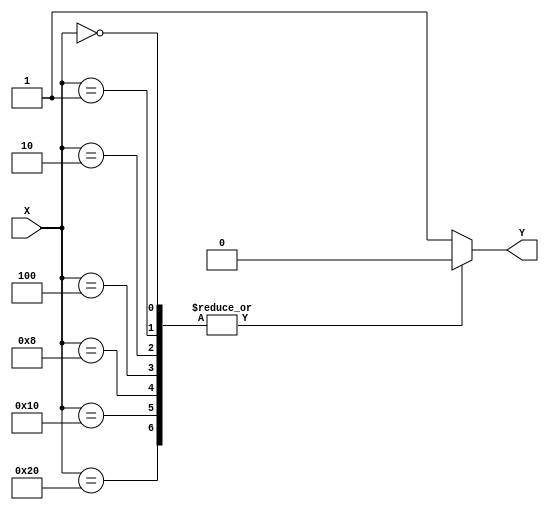
module error_detector(X,Y);

input wire [5:0] X;
output reg Y;

always @ (X)
begin
	case (X)
		6'b100000: Y<=1'b0;
		6'b010000: Y<=1'b0;
		6'b001000: Y<=1'b0;
		6'b000100: Y<=1'b0;
		6'b000010: Y<=1'b0;
		6'b000001: Y<=1'b0;
		6'b000000: Y<=1'b0;
		default: Y<=1'b1;
	endcase
end
endmodule